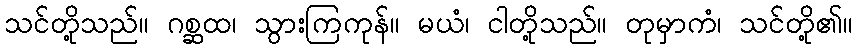
သင်တို့သည်။ ဂစ္ဆထ၊ သွားကြကုန်။ မယံ၊ ငါတို့သည်။ တုမှာကံ၊ သင်တို့၏။